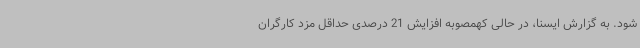
شود. به گزارش ایسنا، در حالی کهمصوبه افزایش 21 درصدی حداقل مزد کارگران